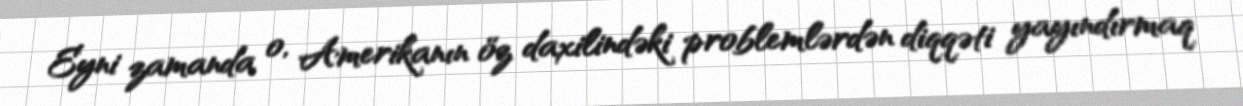
Eyni zamanda o, Amerikanın öz daxilindəki problemlərdən diqqəti yayındırmaq